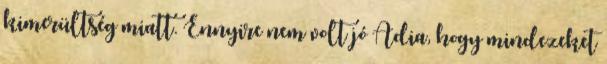
kimerültség miatt. Ennyire nem volt jó Adia, hogy mindezeket